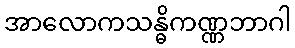
အာလောကသန္ဓိကဏ္ဏဘာဂါ